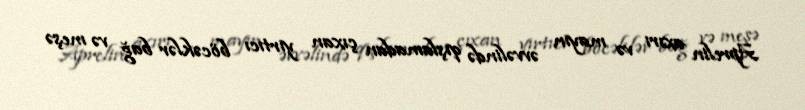
Aprelin axırı və mayın əvvəlində qışlamadan çıxan yırtıcı böcəklər bağ və meşə